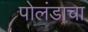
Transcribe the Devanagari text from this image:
पोलंडाचा